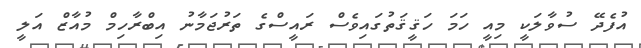
އުފެދޭ ސުވާލަކީ މިއީ ހަމަ ހަޤީޤަތުގައިވެސް ރައީސްގެ ތަރުޖަމާނު އިބްރާހިމް މުއާޒް އަލީ